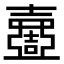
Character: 𡕍